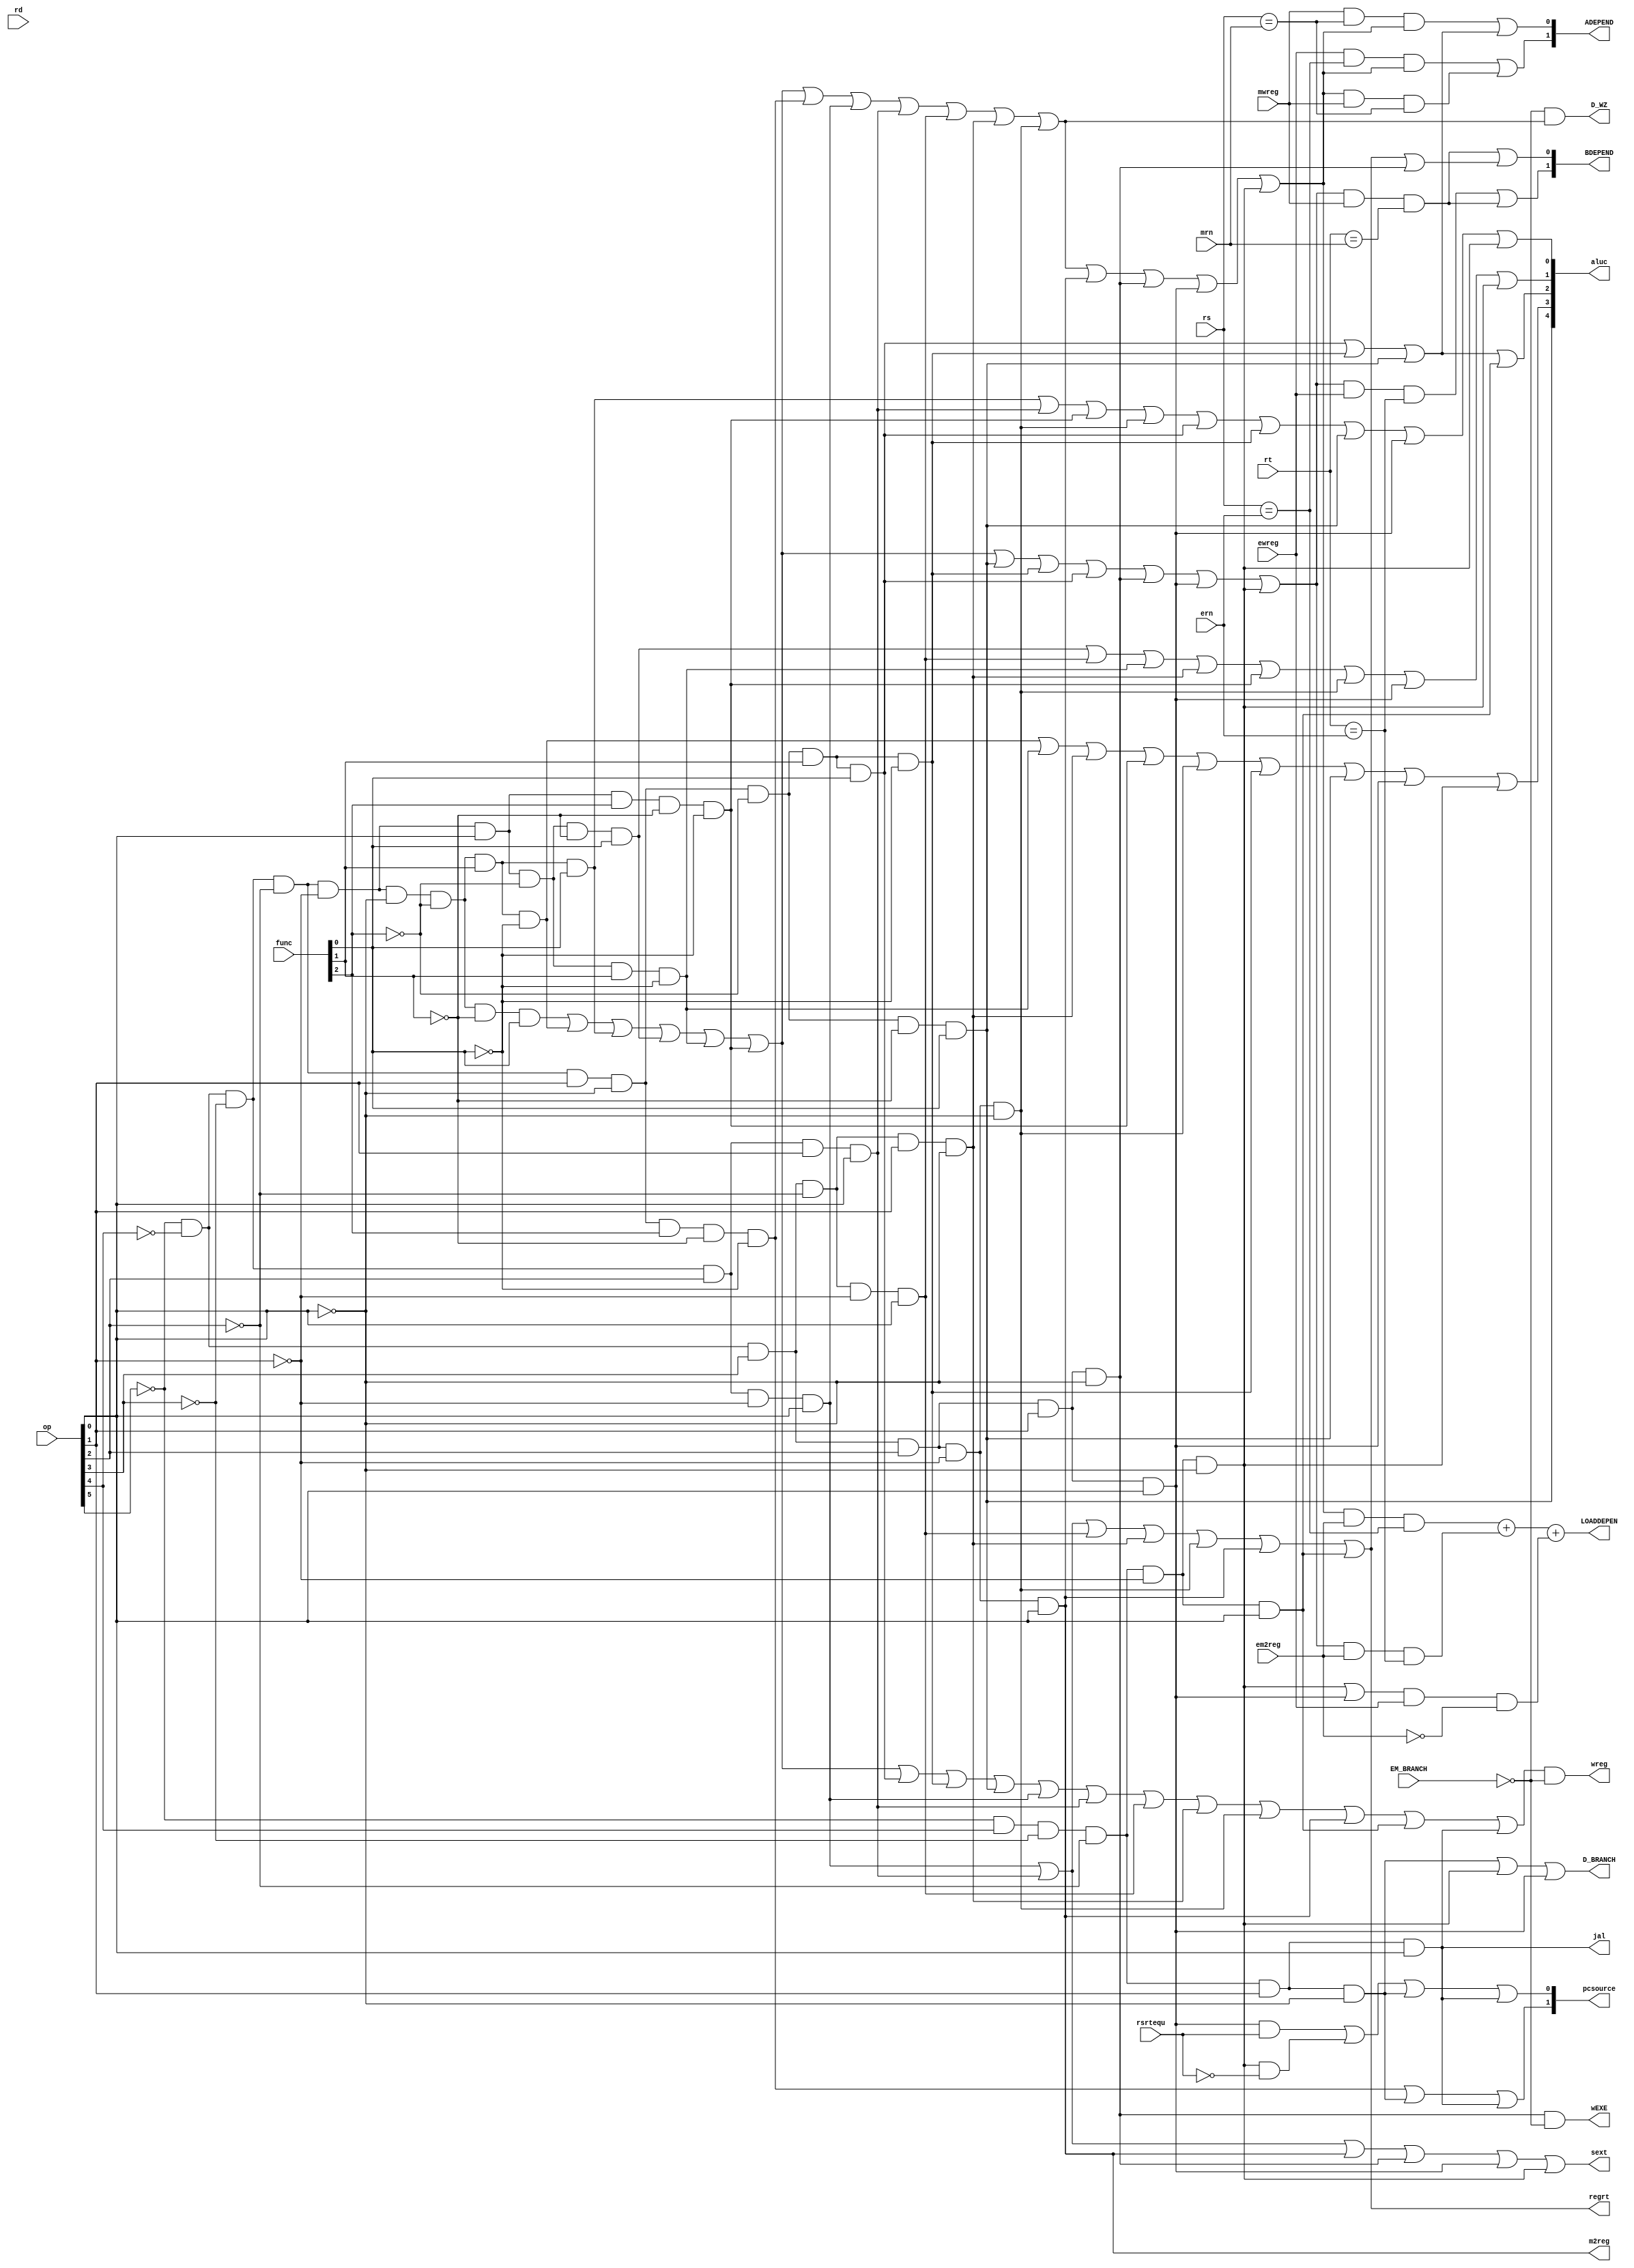
`timescale 1ns / 1ps
//////////////////////////////////////////////////////////////////////////////////
// Company: 
// Engineer: 
// 
// Design Name: 
// Module Name:    pipeidcu 
// Project Name: 
// Target Devices: 
// Tool versions: 
// Description: 
//
// Dependencies: 
//
// Revision: 
// Revision 0.01 - File Created
// Additional Comments: 
//
//////////////////////////////////////////////////////////////////////////////////
module pipeidcu(rsrtequ,func,ewreg,em2reg,ern,mwreg,mrn,rs,rt,rd,
	             op,wreg,m2reg,wEXE,aluc,regrt,BDEPEND,EM_BRANCH,
					 sext,pcsource,ADEPEND,jal,D_WZ,LOADDEPEN,D_BRANCH
    );
	 input rsrtequ,ewreg,em2reg,mwreg,EM_BRANCH; 
	 input [5:0] func,op;
	 input [4:0] rs,rt,rd,ern,mrn;
	 output wreg,m2reg,wEXE,regrt,sext,jal,D_WZ,LOADDEPEN,D_BRANCH;
	 output [4:0] aluc;
	 output [1:0] pcsource,BDEPEND,ADEPEND;
	 wire i_add,i_sub,i_mul,i_and,i_or,i_xor,i_sll,i_srl,i_sra,i_jr;            //
	 wire i_addi,i_muli,i_andi,i_ori,i_xori,i_lw,i_sw,i_beq,i_bne,i_lui,i_j,i_jal;
	 
	 wire AEXEDEPEND,AMEMDEPEND,BEXEDEPEND,BMEMDEPEND;
	 and(i_add,~op[5],~op[4],~op[3],~op[2],~op[1],~op[0],~func[2],~func[1],func[0]);
	 and(i_sub,~op[5],~op[4],~op[3],~op[2],~op[1],~op[0],~func[2],func[1],~func[0]);
	 and(i_mul,~op[5],~op[4],~op[3],~op[2],~op[1],~op[0],~func[2],func[1],func[0]);
	
	 
	 and(i_and,~op[5],~op[4],~op[3],~op[2],~op[1],op[0],~func[2],~func[1],func[0]);
	 and(i_or,~op[5],~op[4],~op[3],~op[2],~op[1],op[0],~func[2],func[1],~func[0]);
	
	 and(i_xor,~op[5],~op[4],~op[3],~op[2],~op[1],op[0],func[2],~func[1],~func[0]);
	 
	 and(i_sra,~op[5],~op[4],~op[3],~op[2],op[1],~op[0],~func[2],~func[1],func[0]);
	 and(i_srl,~op[5],~op[4],~op[3],~op[2],op[1],~op[0],~func[2],func[1],~func[0]);
	 and(i_sll,~op[5],~op[4],~op[3],~op[2],op[1],~op[0],~func[2],func[1],func[0]);
	 and(i_jr,~op[5],~op[4],~op[3],~op[2],op[1],~op[0],func[2],~func[1],~func[0]);
	 
	 and(i_addi,~op[5],~op[4],~op[3],op[2],~op[1],op[0]);
	
	 and(i_muli,~op[5],~op[4],~op[3],op[2],op[1],op[0]);
	 
	 
	 and(i_andi,~op[5],~op[4],op[3],~op[2],~op[1],op[0]);
	 and(i_ori,~op[5],~op[4],op[3],~op[2],op[1],~op[0]);

	 and(i_xori,~op[5],~op[4],op[3],op[2],~op[1],~op[0]);
	 
	 and(i_lw,~op[5],~op[4],op[3],op[2],~op[1],op[0]);
	 and(i_sw,~op[5],~op[4],op[3],op[2],op[1],~op[0]);
	 and(i_beq,~op[5],~op[4],op[3],op[2],op[1],op[0]);
	 and(i_bne,~op[5],op[4],~op[3],~op[2],~op[1],~op[0]);
	 and(i_lui,~op[5],op[4],~op[3],~op[2],~op[1],op[0]);
	 and(i_j,~op[5],op[4],~op[3],~op[2],op[1],~op[0]);
	 and(i_jal,~op[5],op[4],~op[3],~op[2],op[1],op[0]);
	
	 wire i_rs=i_add|i_sub|i_mul|i_and|i_or|i_xor|i_jr|i_addi|i_muli|           
	           i_andi|i_ori|i_xori|i_lw|i_sw|i_beq|i_bne;
	 wire i_rt=i_add|i_sub|i_mul|i_and|i_or|i_xor|i_sra|i_srl|i_sll|i_sw|i_beq|i_bne;//i_rt=1rt
	 
    /////////////////////////////////////////////////////////////////////////////////////////////////////
    assign wreg=(i_add|i_sub|i_mul|i_and|i_or|i_xor|i_sll|           //wreg1
	              i_srl|i_sra|i_addi|i_muli|i_andi|i_ori|i_xori|
					  i_lw|i_lui|i_jal)&(~EM_BRANCH);
	 assign regrt=i_addi|i_muli|i_andi|i_ori|i_xori|i_lw|i_lui;    //regrt1rtrd
	 assign jal=i_jal;                                           //1jal
	 assign m2reg=i_lw;  //1ALU
	 
	 assign shift=i_sll|i_srl|i_sra;//1ALUa
	 assign aluimm=i_addi|i_muli|i_andi|i_ori|i_xori|i_lw|i_lui|i_sw;//1ALUb
	 
	 assign D_WZ=(~EM_BRANCH)&(i_add|i_sub|i_mul|i_and|i_or|i_xor|i_jr|i_addi|i_muli|           
	           i_andi|i_ori|i_xori);
				  
				  	 
	
	 
	 assign ADEPEND[0]= ( mwreg & (rs==mrn) & i_rs) | shift;
	 assign ADEPEND[1]= (ewreg & (rs==ern) & i_rs) | (i_rs & mwreg & (rs==mrn));
	 
						
	 assign BDEPEND[0]= (i_rt & mwreg & (rt==mrn)) | aluimm;
	 assign BDEPEND[1]=(i_rt & ewreg & (rt==ern)) | (i_rt & mwreg & (rt==mrn));
	 
	 
	 assign LOADDEPEN=((i_rs)&(em2reg)&(rs==ern))+((i_rt)&(em2reg)&(rt==ern))
						+((i_bne|i_beq)&ewreg&(~em2reg));    //loadbne
	 
	 
	 assign sext=i_addi|i_muli|i_lw|i_sw|i_beq|i_bne;//1
	 assign aluc[4]=i_sra;//ALU
	 assign aluc[3]=i_sub|i_or|i_ori|i_xor|i_xori| i_srl|i_sra|i_beq|i_bne;//ALU
	 assign aluc[2]=i_sll|i_srl|i_sra|i_lui;//ALU
	 assign aluc[1]=i_and|i_andi|i_or|i_ori|i_xor|i_xori|i_beq|i_bne;//ALU
	 assign aluc[0]=i_mul|i_muli|i_xor|i_xori|i_sll|i_srl|i_sra|i_beq|i_bne;//ALU

	 assign wEXE=(i_sw)&(~EM_BRANCH);//1
	 assign D_BRANCH=i_j|i_bne|i_beq; //1WZ,WMEM,WREG
	 assign pcsource[1]=i_jr|i_j|i_jal;//00PC+4,011011
	 assign pcsource[0]=i_beq&rsrtequ|i_bne&~rsrtequ|i_j|i_jal;
	
endmodule